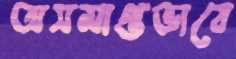
অসমাপ্তভাবে